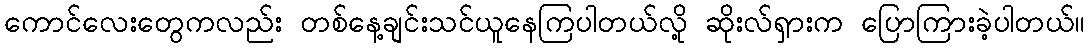
ကောင်လေးတွေကလည်း တစ်နေ့ချင်းသင်ယူနေကြပါတယ်လို့ ဆိုးလ်ရှားက ပြောကြားခဲ့ပါတယ်။